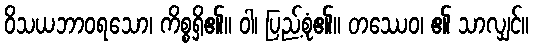
ဝိသယဘာဝရသော၊ ကိစ္စရှိ၏။ ဝါ၊ ပြည့်စုံ၏။ တဿေဝ၊ ၏ သာလျှင်။